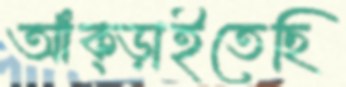
আঁক্‌ড়াইতেছি